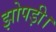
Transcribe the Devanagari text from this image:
झोपड़ी।